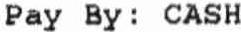
PAY BY : CASH